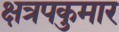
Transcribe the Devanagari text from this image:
क्षत्रपकुमार